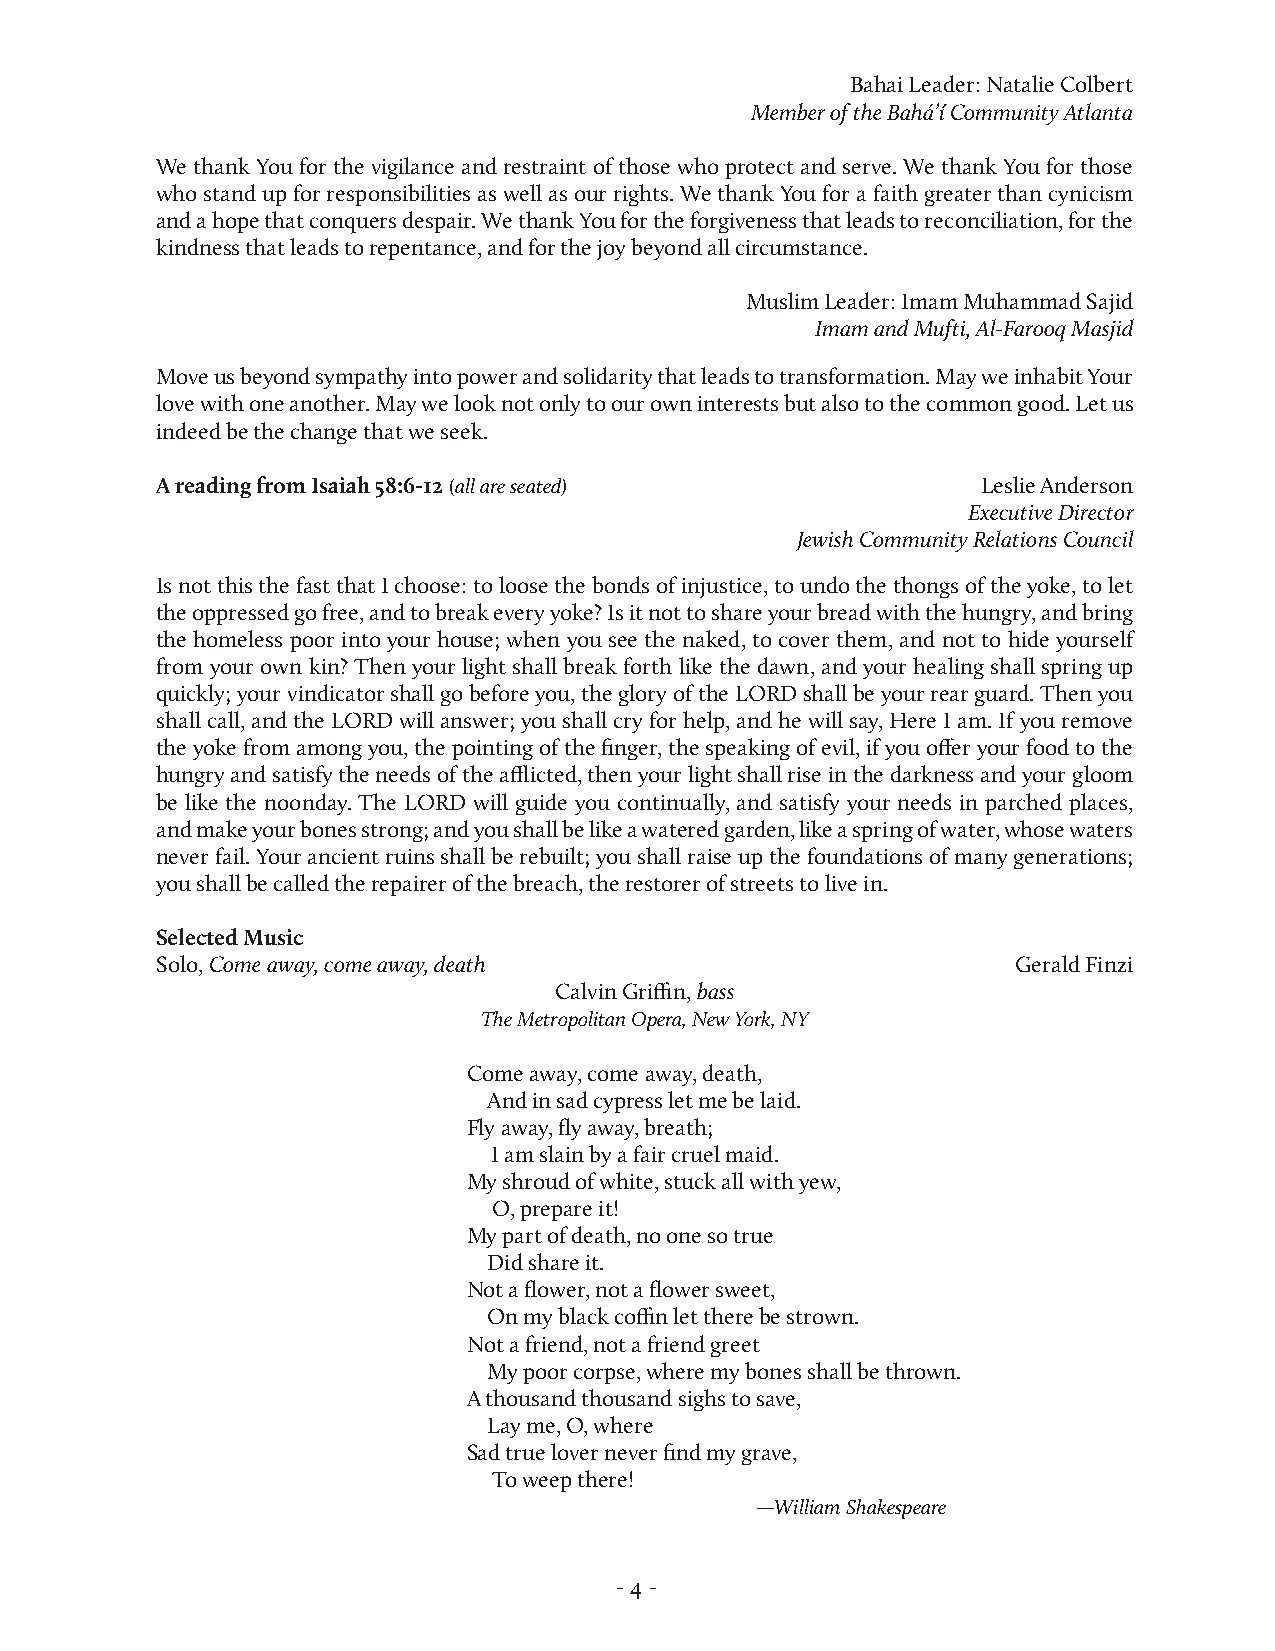
Bahai Leader: Natalie Colbert
 Member of the Bahá’í Community Atlanta
 We thank You for the vigilance and restraint of those who protect and serve. We thank You for those
 who stand up for responsibilities as well as our rights. We thank You for a faith greater than cynicism
 and a hope that conquers despair. We thank You for the forgiveness that leads to reconciliation, for the
 kindness that leads to repentance, and for the joy beyond all circumstance.
 Muslim Leader: Imam Muhammad Sajid
 Imam and Mufti, Al-Farooq Masjid
 Move us beyond sympathy into power and solidarity that leads to transformation. May we inhabit Your
 love with one another. May we look not only to our own interests but also to the common good. Let us
 indeed be the change that we seek.
 A reading from Isaiah 58:6-12 (all are seated)         Leslie Anderson
 Executive Director
 Jewish Community Relations Council
 Is not this the fast that I choose: to loose the bonds of injustice, to undo the thongs of the yoke, to let
 the oppressed go free, and to break every yoke? Is it not to share your bread with the hungry, and bring
 the homeless poor into your house; when you see the naked, to cover them, and not to hide yourself
 from your own kin? Then your light shall break forth like the dawn, and your healing shall spring up
 quickly; your vindicator shall go before you, the glory of the LORD shall be your rear guard. Then you
 shall call, and the LORD will answer; you shall cry for help, and he will say, Here I am. If you remove
 the yoke from among you, the pointing of the finger, the speaking of evil, if you offer your food to the
 hungry and satisfy the needs of the afflicted, then your light shall rise in the darkness and your gloom
 be like the noonday. The LORD will guide you continually, and satisfy your needs in parched places,
 and make your bones strong; and you shall be like a watered garden, like a spring of water, whose waters
 never fail. Your ancient ruins shall be rebuilt; you shall raise up the foundations of many generations;
 you shall be called the repairer of the breach, the restorer of streets to live in.
 Selected Music
 Solo, Come away, come away, death                        Gerald Finzi
 Calvin Griffin, bass
 The Metropolitan Opera, New York, NY
 Come away, come away, death,
 And in sad cypress let me be laid.
 Fly away, fly away, breath;
 I am slain by a fair cruel maid.
 My shroud of white, stuck all with yew,
 O, prepare it!
 My part of death, no one so true
 Did share it.
 Not a flower, not a flower sweet,
 On my black coffin let there be strown.
 Not a friend, not a friend greet
 My poor corpse, where my bones shall be thrown.
 A thousand thousand sighs to save,
 Lay me, O, where
 Sad true lover never find my grave,
 To weep there!
 —William Shakespeare
 - 4 -